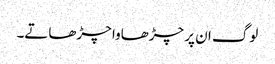
لوگ ان پر چڑھاوا چڑھاتے۔